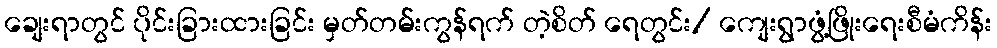
ချေးရာတွင် ပိုင်းခြားထားခြင်း မှတ်တမ်းကွန်ရက် တဲ့စိတ် ရေတွင်း/ ကျေးရွာဖွံ့ဖြိုးရေးစီမံကိန်း